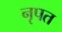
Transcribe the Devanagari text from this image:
नृपत